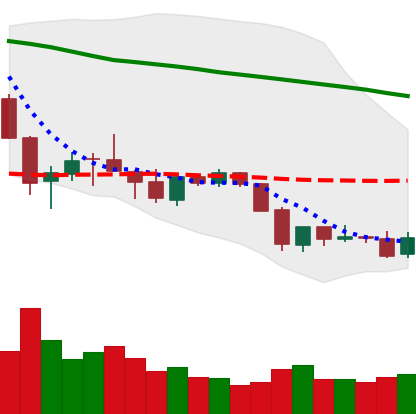
Ticker: ETC-USD
Chart end date: 2018-05-29
Forward return: 6.74%
Label: up_5_7